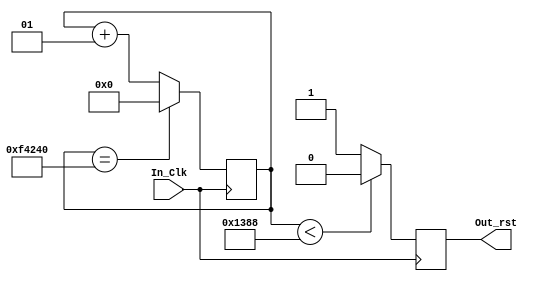

module Rst(
  input         In_Clk,
  output reg    Out_rst
  );

integer cont;

always @ (posedge In_Clk)
begin

    cont<=cont+1;

    if (cont< 5000)
    begin    
    Out_rst   <= 1'b0;
    end
	 else
	 begin
	 Out_rst   <= 1'b1;
	 end
	 
	 
	 if (cont==1000000) 
	 begin
	 cont<=0;
	 end
	 
end
endmodule